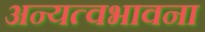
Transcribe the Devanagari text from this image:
अन्यत्वभावना